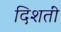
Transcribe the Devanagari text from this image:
दिशतीं